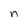
Character: n